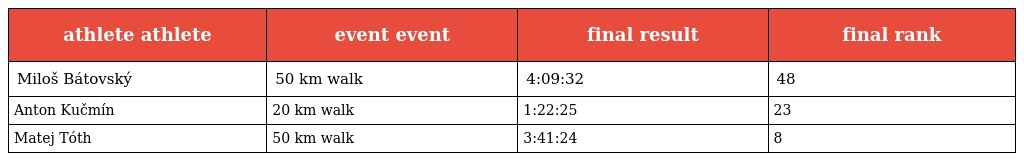
| athlete athlete | event event | final result | final rank |
 | --- | --- | --- | --- |
 | Miloš Bátovský | 50 km walk | 4:09:32 | 48 |
 | Anton Kučmín | 20 km walk | 1:22:25 | 23 |
 | Matej Tóth | 50 km walk | 3:41:24 | 8 |